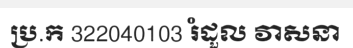
ប្រ.ក 322040103 រំដួល វាសនា